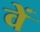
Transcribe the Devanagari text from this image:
वेें